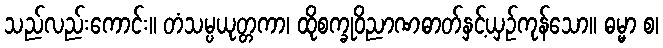
သည်လည်းကောင်း။ တံသမ္ပယုတ္တကာ၊ ထိုစက္ခုဝိညာဏဓာတ်နှင့်ယှဉ်ကုန်သော။ ဓမ္မာ စ၊